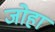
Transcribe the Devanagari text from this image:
जोहा